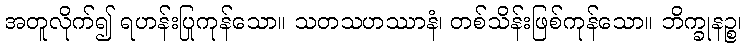
အတူလိုက်၍ ရဟန်းပြုကုန်သော။ သတသဟဿာနံ၊ တစ်သိန်းဖြစ်ကုန်သော။ ဘိက္ခုနဉ္စ၊